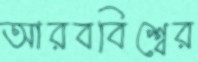
আরববিশ্বের